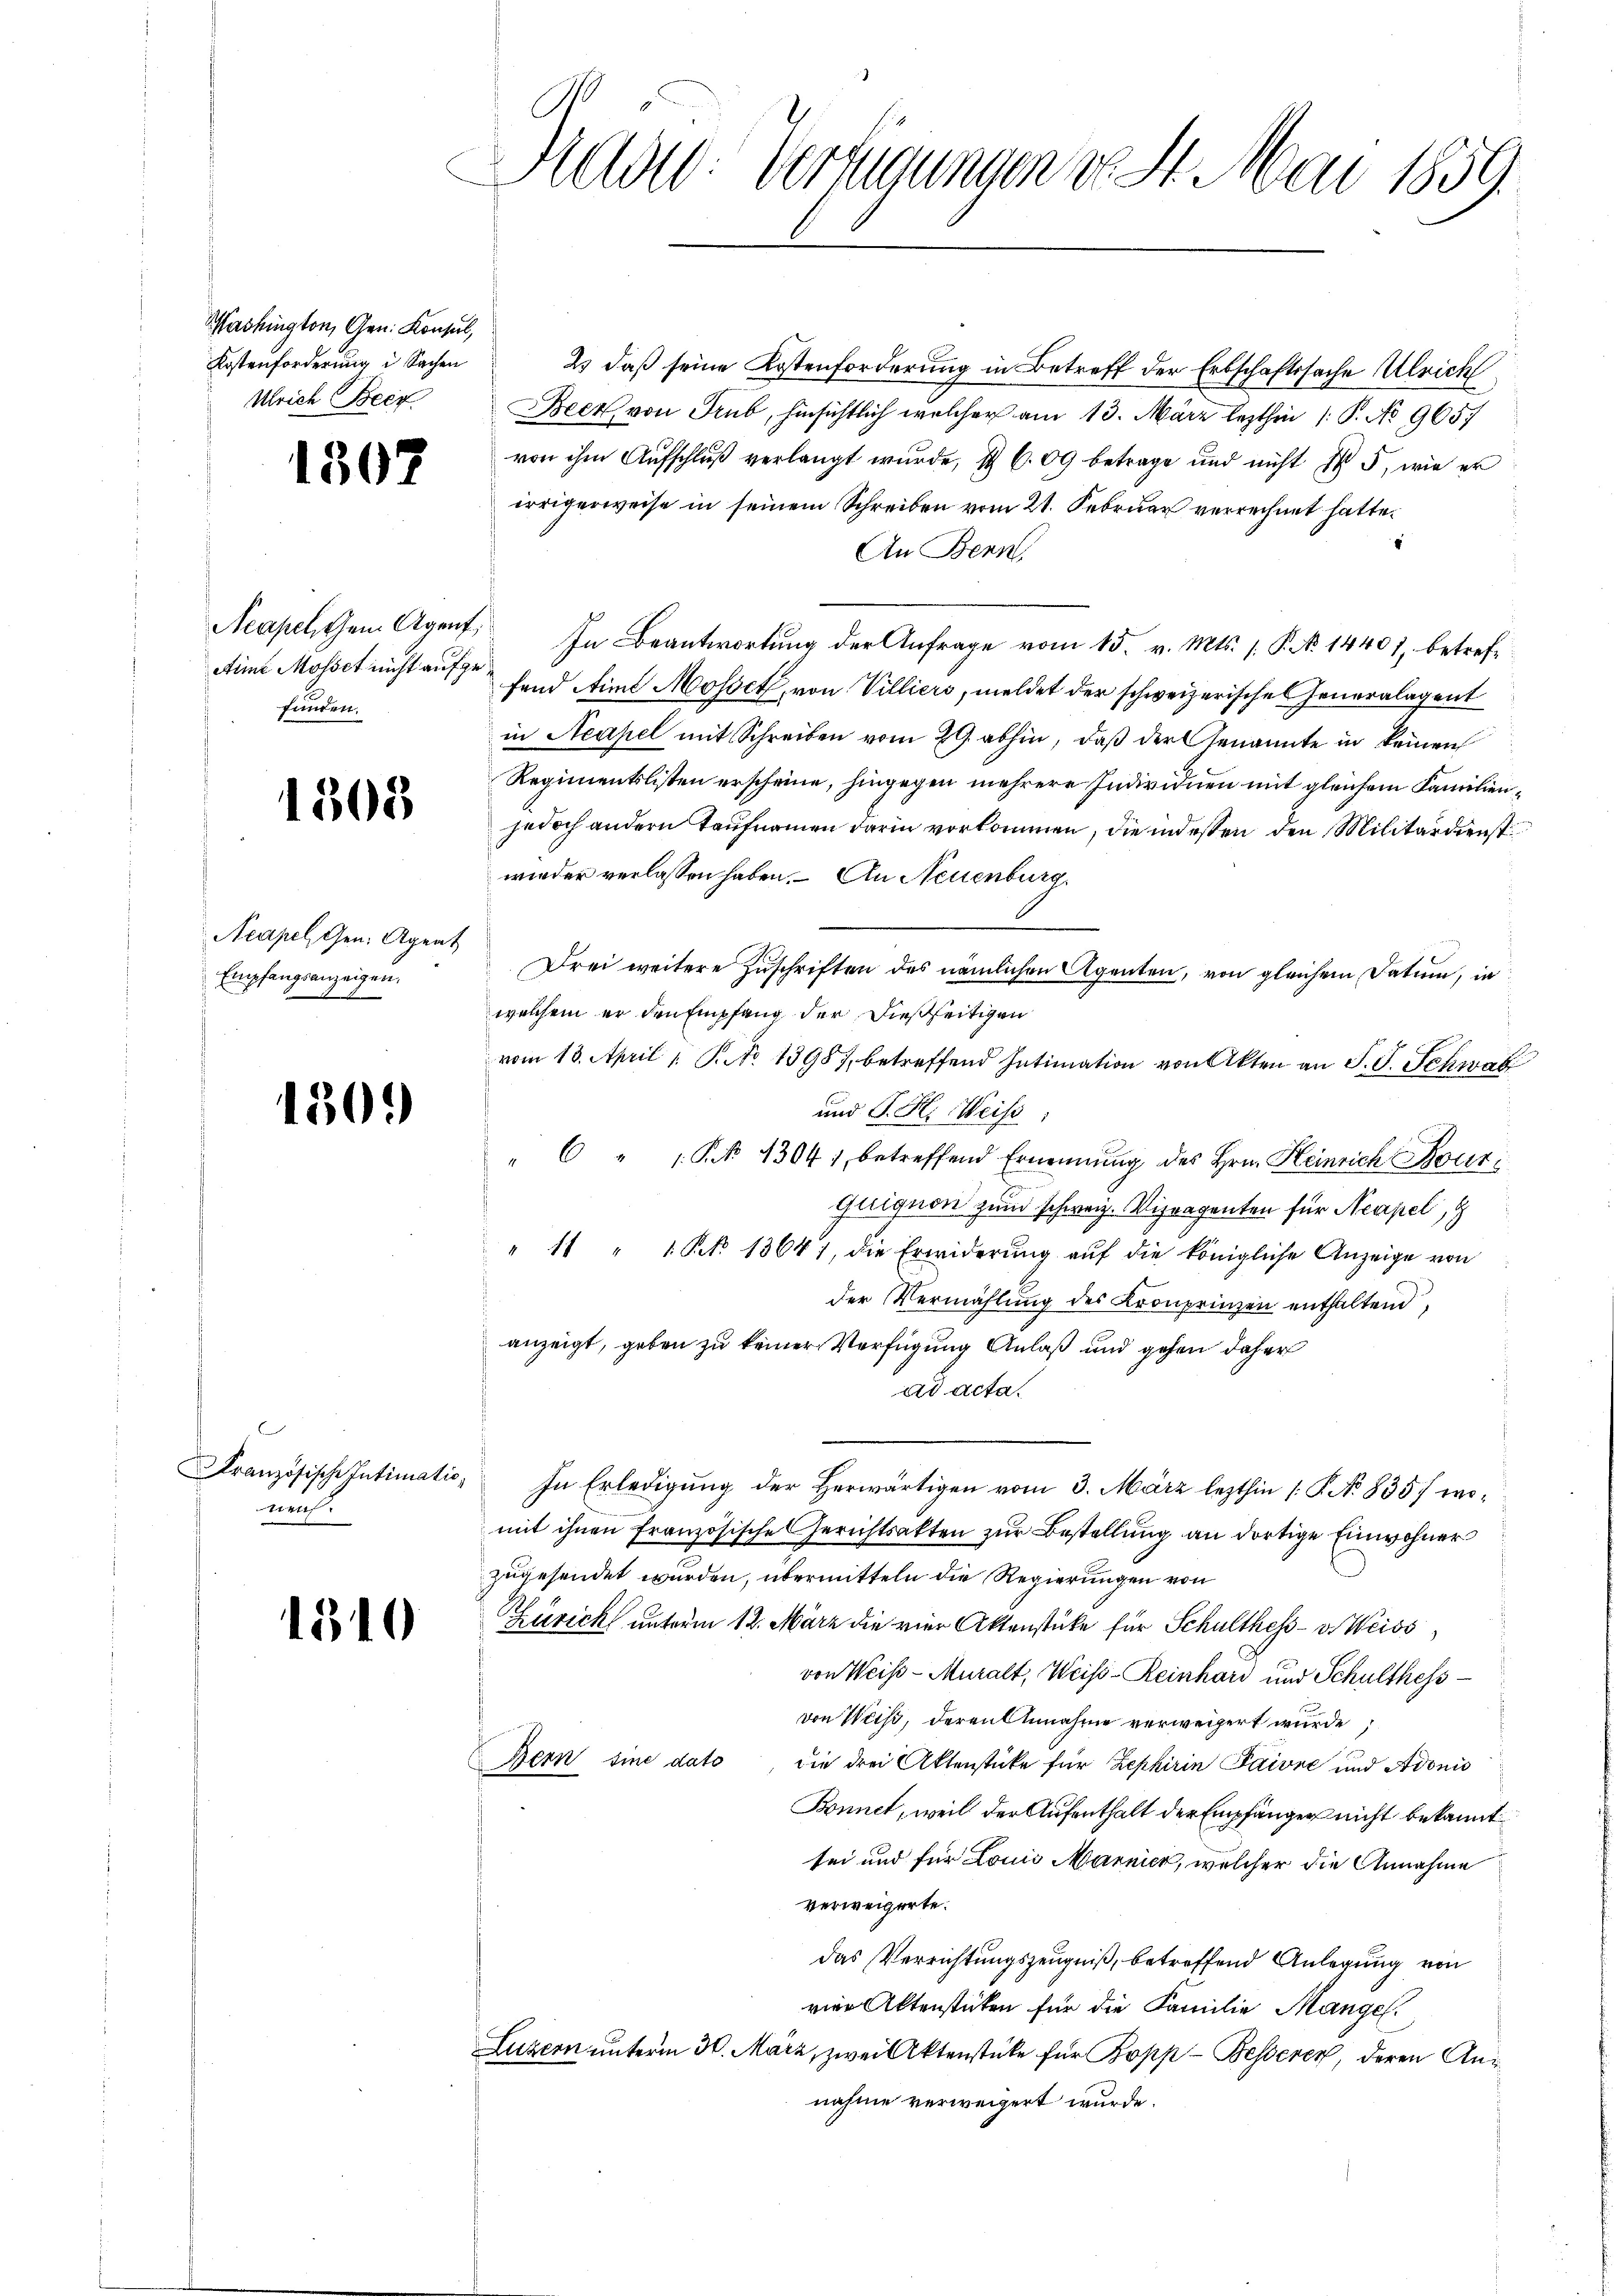
Washington, Gen. Konsul,
Kostenforderung in Sachen
Ulrich Beck

1507

Neapel, Gem. Agent,
Ain Mosset nicht aufgefunden.

1308

Acapel, Gen. Agent
Empfangsanzeigen,

1509

Französische Intimatioruf.

1310

Rede Verfügungen von St. Mai 1859.

2) daß seine Kostenforderung in Betreff der Erbschaftssache Ulrich
Beer, von Trub, hinsichtlich welcher am 13. März lezthin 1. P. No 9657
von ihm Aufschluß verlangt wurde, I 609 betrage und nicht § 5, wie er
irrigerweise in seinem Schreiben vom 21. Februar verrechnet hatte.
An Benn
In Beantwortung der Anfrage vom 15. v. Mts. s. P. No. 14401, betreffend Aiml Mosset, von Villiers, meldet der schweizerische Generalagent
in Neapel mit Schreiben vom 29. abhin, daß der Genannte in keinen
Regimentslisten erscheine, hingegen mehrere Individuen mit gleichem Familienjedoch andern Taufnamen darin vorkommen, die indessen den Militärdienst
wieder verlassen haben. An Neuenburg
Drei weitere Zuschriften des nämlichen Agenten, von gleichem Datum, in
welchem er den Empfang der dießseitigen
vom 13. April 1 S. No 1398), betreffend Intimation von Akten an S. S. Schwab
und J. H. Weis
"  "  P. 13041, betreffend Ernennung des Hrn. Heinrich Bour
quigion zum schweiz. Vitragenten für Neapel,
" 11 " " Nr. 13641, die Erwiderung auf die königliche Anzeige von
der Vermählung des Kronprinzen enthaltend,
anzeigt, geben zu keiner Verfügung Anlaß und gehen daher
ad acta.
In Erledigung der Herwärtigen vom 3. März lezthin [P. No 835, womit ihnen französische Gerichtsakten zur Bestellung an dortige Einwohner
zugesendet wurden, übermitteln die Regierungen von
Zürich unterm 12. März die vier Aktenstüke für Schulthess- u Weiss,
von Weis-Muralt, Weis-Reinhard und Schulthess
von Weiß, deren Annahme verweigert wurde
Bern sine dato
die drei Aktenstücke für Zephirin Paivre und Adonis
Bonnet, weil der Aufenthalt der Empfänger nicht bekannt
sei und für Louis Marnier, welcher die Annahme
verweigerte.
das Verrichtungszeugniß, betreffend Anlegung von
vier Aktenstücken für die Familie Mangel.
Luzern unterm 30. März, zwei Aktenstüke für Bopp-Besserer, deren Annahme verweigert wurde.